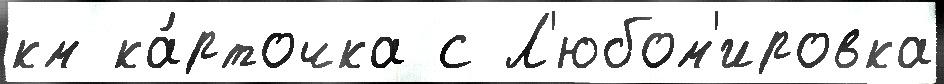
км ка́рточка с Л'юбом'ировка